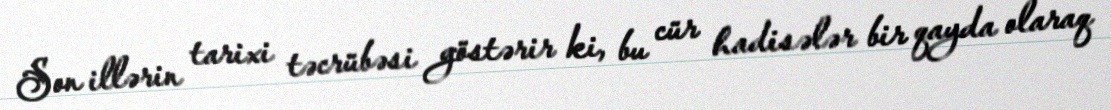
Son illərin tarixi təcrübəsi göstərir ki, bu cür hadisələr bir qayda olaraq